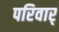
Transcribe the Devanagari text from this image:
परिवार्